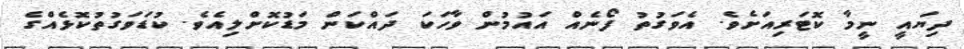
ދިޔައީ ނީމާ ކޮޓަރިއަށެވެ. އެވަގުތު ފޯނެއް އަައުމުން ވާހަކަ ދައްކަން މަޑުކޮށްލިއެވެ. ކުޑަވަގުތުކޮޅެއްގެ